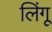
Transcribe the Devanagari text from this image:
लिंगू